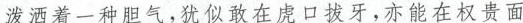
泼洒着一种胆气，犹似敢在虎口拔牙，亦能在权贵面